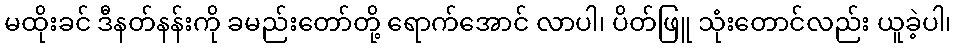
မထိုးခင် ဒီနတ်နန်းကို ခမည်းတော်တို့ ရောက်အောင် လာပါ၊ ပိတ်ဖြူ သုံးတောင်လည်း ယူခဲ့ပါ၊